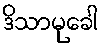
ဒိသာမုခေါ